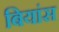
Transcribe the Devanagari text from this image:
बियांस